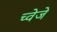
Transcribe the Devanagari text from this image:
च्वेजे